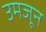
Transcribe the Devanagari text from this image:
उमजून